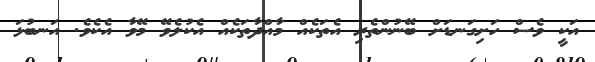
އަކީ ވެސް ހަށިގަނޑަށް ބޭނުންތެރި އެތަކެއް މާއްދާތަކެއް އެކުލެވޭ މޭވާ އެކެވެ. އަނބުޅަ